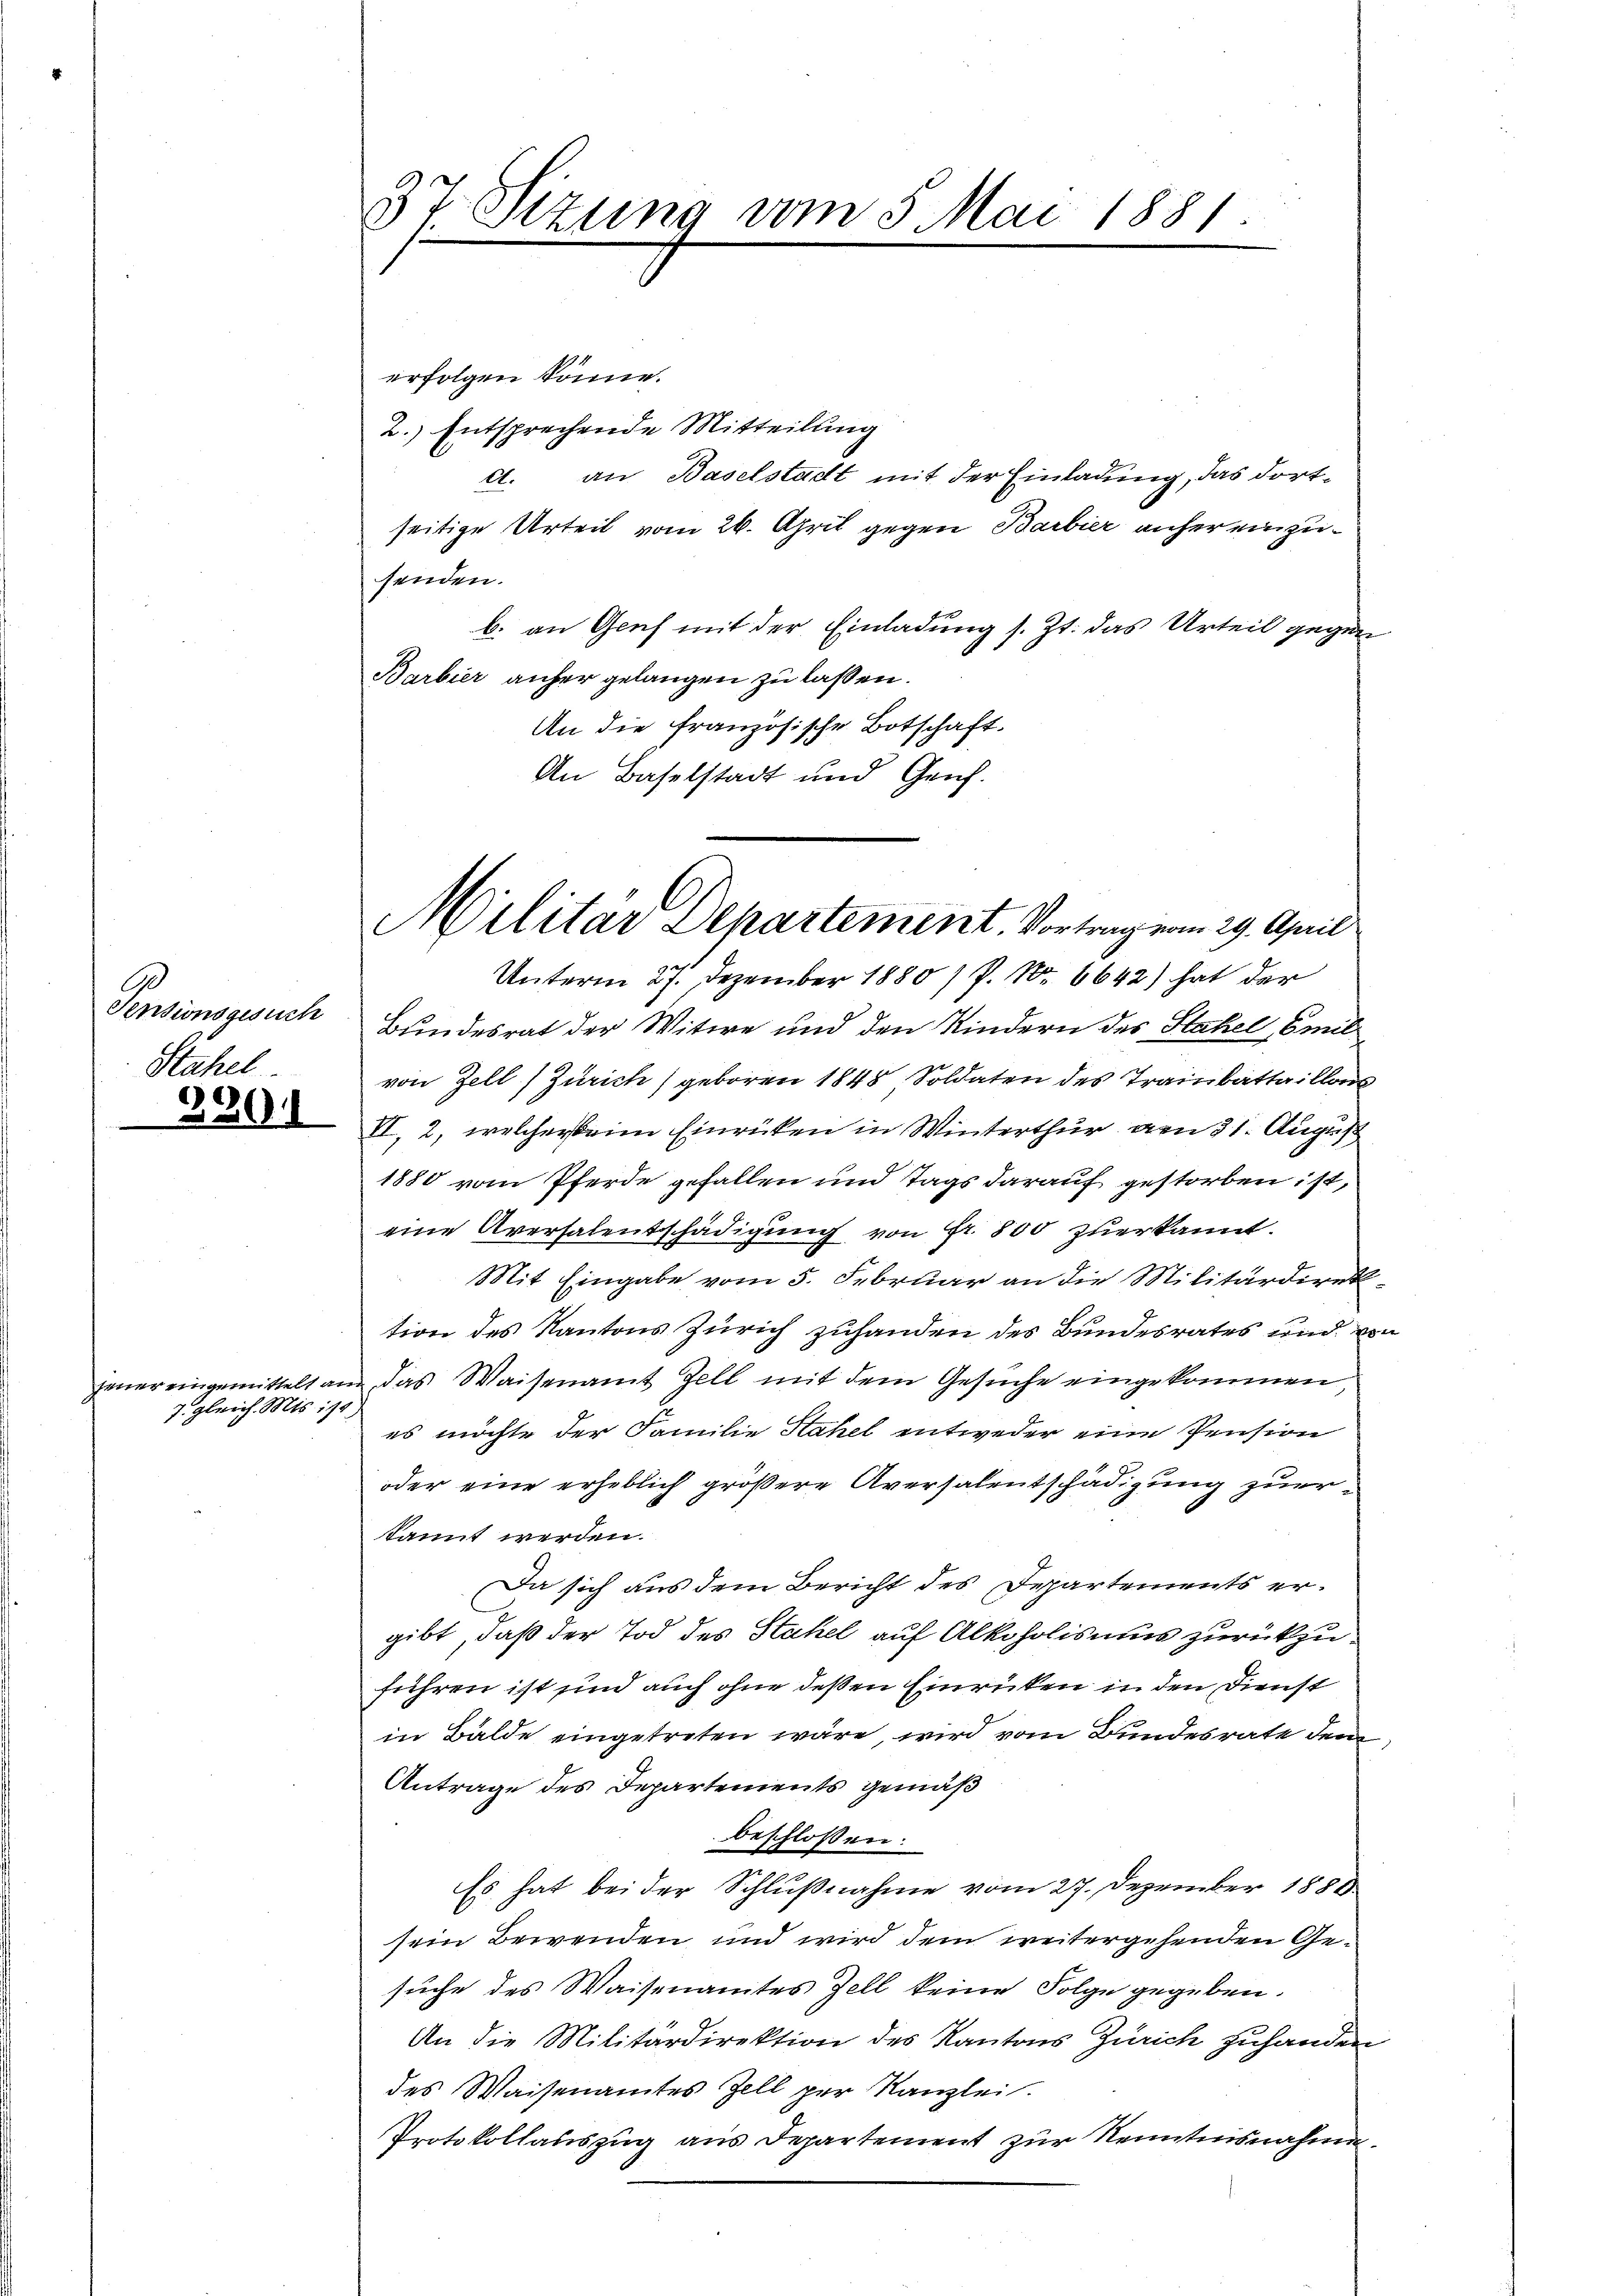
Pensionsgesuch
Stahel

3201

mer eingemittelt an
7. gleich. Mts. ist

.
Dr. Sizung vom 5. Mai 1881.
e

Unterm 27. Dezember 1880 / P. Nr. 6642) hat der
Bundesrat der Witwe und den Kindern des Stahel, Emil
von Zell (Zürich) geboren 1848 Soldaten des Trainbattaillons
II, 2, welcher beim Einrücken in Winterthur am 31. August
1880 vom Pferde gefallen und Tags darauf gestorben ist,
eine Aversalentschädigung von Fr. 800 zuerkannt.
Mit Eingabe vom 5. Februar an die Militärdirek-
tion des Kantons Zürich zuhanden des Bundesrates und von
das Waisenamt Zell mit dem Gesuche eingekommen
es möchte der Familie Hahel entweder eine Pension
oder eine erheblich größere Aversalentschädigung zuerkannt werden.
Da sich aus dem Bericht des Departements ergibt, daß der Tod des Stahel auf Alkoholismus zurückzuführen ist und auch ohne deßen Einrücken in den Dienst
in Bälde eingetreten wäre wird vom Bundesrate dem
Antrage des Departements gemäß
beschlossen:
Es hat bei der Schlußnahme vom 27. Dezember 1880
sein Bewenden und wird dem weitergehenden Gesuche des Waisenamtes Zell keine Folge gegeben.
An die Militärdirektion des Kantons Zürich zuhanden
des Waisenamtes Zell per Kanzlei.
Protokollauszug aus Departement zur Kenntnisnahmen.

erfolgen könne.
2.) Entsprechende Mitteilung
c. an Baselstadt mit der Einladung, das dortseitige Urteil vom 26. April gegen Barbier anher einzusenden.
b. an Geich mit der Einladung s. Zt. das Urteil gegen
Barbier anher gelangen zu lassen.
An die Französische Botschaft.
An Baselstadt und Genf.

Militar Departement. Vortrag vom 29. April